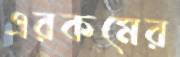
এরকমের